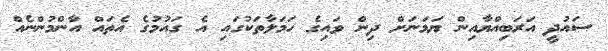
ސައުދީ އަރަބިއްޔާއިން ޔަމަނަށް ދިން ވައިގެ ހަމަލާތަކުގައި އެ ގައުމުގެ އެތައް އާންމުންނެއް